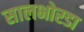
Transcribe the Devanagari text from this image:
सालभोरडा